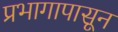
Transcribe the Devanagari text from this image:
प्रभागापासून